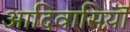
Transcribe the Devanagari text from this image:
आदिवासिय़ॊं